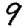
Digit: 9